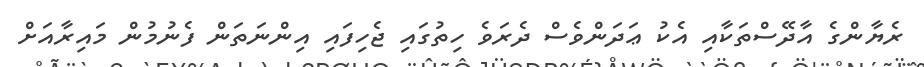
ރެޔާންގެ އާދޭސްތަކާއި އެކު ޢަދަންވެސް ދެރަވެ ހިތުގައި ޖެހިފައި އިންނަތަން ފެނުމުން މައިރާއަށް